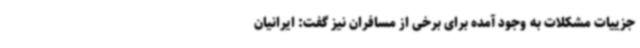
جزییات مشکلات به وجود آمده برای برخی از مسافران نیز گفت: ایرانیان